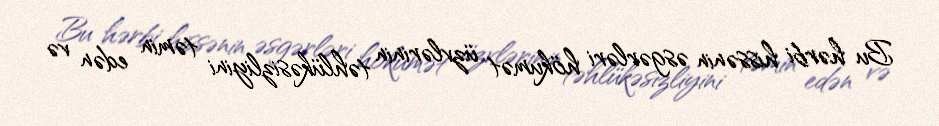
Bu hərbi hissənin əsgərləri hökumət üzvlərinin təhlükəsizliyini təmin edən və